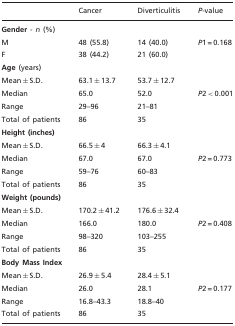
<table><thead><tr><td></td><td><b>Cancer</b></td><td><b>Diverticulitis</b></td><td><b><i>P</i>-value</b></td></tr></thead><tbody><tr><td colspan="4"><b>Gender</b> - <i>n</i> (%)</td></tr><tr><td>M</td><td>48 (55.8)</td><td>14 (40.0)</td><td><i>P</i>1 = 0.168</td></tr><tr><td>F</td><td>38 (44.2)</td><td>21 (60.0)</td><td></td></tr><tr><td colspan="4"><b>Age</b> (years)</td></tr><tr><td>Mean ± S.D.</td><td>63.1 ± 13.7</td><td>53.7 ± 12.7</td><td></td></tr><tr><td>Median</td><td>65.0</td><td>52.0</td><td><i>P</i>2 &lt; 0.001</td></tr><tr><td>Range</td><td>29–96</td><td>21–81</td><td></td></tr><tr><td>Total of patients</td><td>86</td><td>35</td><td></td></tr><tr><td colspan="4"><b>Height (inches)</b></td></tr><tr><td>Mean ± S.D.</td><td>66.5 ± 4</td><td>66.3 ± 4.1</td><td></td></tr><tr><td>Median</td><td>67.0</td><td>67.0</td><td><i>P</i>2 = 0.773</td></tr><tr><td>Range</td><td>59–76</td><td>60–83</td><td></td></tr><tr><td>Total of patients</td><td>86</td><td>35</td><td></td></tr><tr><td colspan="4"><b>Weight (pounds)</b></td></tr><tr><td>Mean ± S.D.</td><td>170.2 ± 41.2</td><td>176.6 ± 32.4</td><td></td></tr><tr><td>Median</td><td>166.0</td><td>180.0</td><td><i>P</i>2 = 0.408</td></tr><tr><td>Range</td><td>98–320</td><td>103–255</td><td></td></tr><tr><td>Total of patients</td><td>86</td><td>35</td><td></td></tr><tr><td colspan="4"><b>Body Mass Index</b></td></tr><tr><td>Mean ± S.D.</td><td>26.9 ± 5.4</td><td>28.4 ± 5.1</td><td></td></tr><tr><td>Median</td><td>26.0</td><td>28.1</td><td><i>P</i>2 = 0.177</td></tr><tr><td>Range</td><td>16.8–43.3</td><td>18.8–40</td><td></td></tr><tr><td>Total of patients</td><td>86</td><td>35</td><td></td></tr></tbody></table>